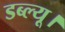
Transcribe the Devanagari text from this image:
डब्ल्यू।